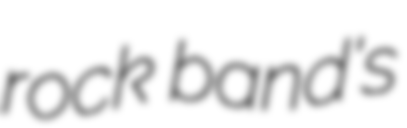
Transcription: rock band's